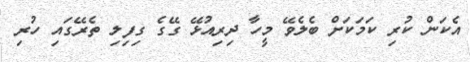
އެކަން ކުރި ކަމަކަށް ބެލެވޭ މީހާ ދިރިއުޅޭ ގޭގެ ގިފިލި ތެރޭގައި ހުރި